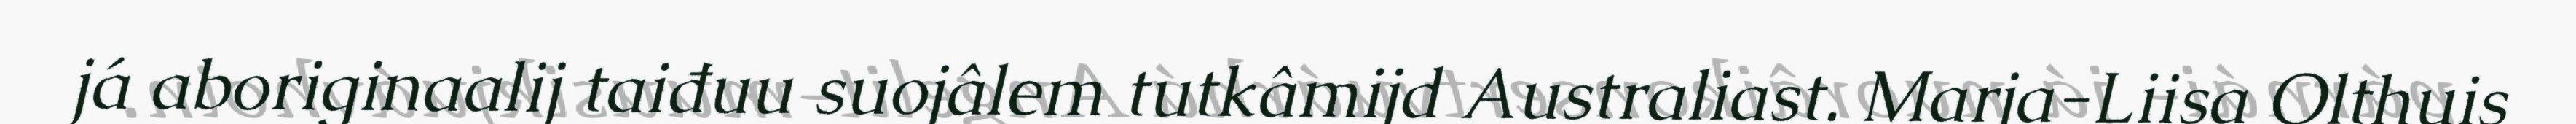
já aboriginaalij taiđuu suojâlem tutkâmijd Australiast. Marja-Liisa Olthuis